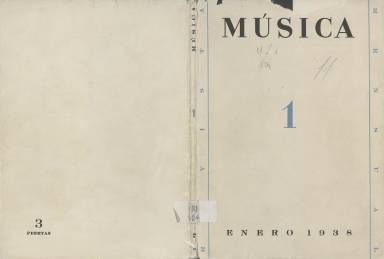
Título: Música (Barcelona. 1938)
Colección: Música
Ámbito geográfico: Barcelona
Lugar de publicación: Barcelona
Fechas: 01/01/1938-30/06/1938

Revista mensual, editada por el Consejo Central de la Música, organismo de la Dirección General de Bellas Artes, dependiente del Ministerio de Instrucción Pública, y publicada en Barcelona, desde enero a junio de 1938. “Supuso un intento de enorme magnitud –¡increíble en 1938!– por mantener en activo la vida musical del país”, representando, al mismo tiempo “un experimento cultural, impregnado, naturalmente, del espíritu revolucionario de aquel entonces”, siendo, en fin, “un ejemplo muy representativo de la vitalidad de la cultura española, incluso en los trágicos años de la guerra”, tal como concluye Francisco Caudet en su trabajo sobre esta revista publicado en 1976.

El citado consejo –cuyo precedente es la Junta Nacional de Música y Teatros Líricos de 1931– había sido creado por orden ministerial del 24 de julio de 1937, y se había trasladado a Barcelona junto al Gobierno republicano, en octubre de ese año. Empezó siendo presidido por quien era el director general de Bellas Artes, Josep Renau (1907-1982), quien publicará en la primera entrega de la revista un editorial bajo el epígrafe Misión del Consejo General de la Música, que constituye un análisis esencial de la situación del arte musical en España. El vicepresidente era Salvador Bacarisse (1898-1963) y vocales, los también compositores españoles Eduardo Martínez Torner (1888-1955), una de las más altas instituciones en el folclore español; Robert Gerhard (1896-1970), el miembro más activo de la sección hispano-catalana; Julián Bautista (1901-1961), Francisco Gil Gallego y Rodolfo Halffter (1900-1987), que comenzó siendo su secretario y aparecerá como director de la publicación en su entrega doble de mayo-junio (número 5). Secretario del consejo será José Castro Escudero y vicesecretario, Manuel Lazaredo de la Mata. Como administrador de la revista se indica a Antonio Miguel. Muchos de ellos formaron parte de la Alianza de Intelectuales Antifascistas para la Defensa de la Cultura y del Grupo de los Ocho, equivalente musical de la Generación del 27.

La colección de este título en la Biblioteca Nacional de España la integran los números 3 (marzo), 4 (abril) y 5 (mayo-junio), siendo este doble y, probablemente, el último. Sus entregas tienen entre setenta y un centenar de páginas, compuestas a una y dos columnas, y con cubierta y sumario. Sus contenidos abordan muy diversos aspectos de la música. Así, Martínez Torner, escribirá sobre su relación con la literatura y la filología; Bautista, sobre la producción sinfónica; Luis Góngora, el titulado la Función social de la música: la Orquesta Nacional de Conciertos, que incluye el fotograbado con el retrato de quien fue su primer director, Bartolomé Pérez Casas; o Castro Escudero, sobre las ediciones del propio consejo.

Además, Otto Mayer escribe sobre la sociología de la música; Manuel Borgunyó sobre la organización de la pedagogía musical escolar; José Subirá, unos apuntes históricos bajo el epígrafe La música en el teatro barcelonés, y un artículo titulado En memoria de Enrique Granados, con dibujos y cartas inéditas del compositor y pianista catalán; Rafael Moragas, un Epistolario inédito de Isaac Albéniz; Jesús A. Ribó, un esbozo bio-bibliográfico sobre el compositor y musicólogo Felipe Pedrell; o Arnaud (desde París), sobre la radio como nuevo modo de expresión. El pintor y pedagogo Francisco Galí Fabra (1880-1965), que será también nombrado director general de Bellas Artes, escribirá en su entrega número 4 un artículo bajo el epígrafe 1850-1939.

Tiene también secciones, como Vida Musical, en la que Thomas Garland, escribe desde Londres; Noticias breves, referidas no solo a la actividad musical en España, sino también en el extranjero: Varsovia, Ámsterdam, Hollywood, Nueva York, México, La Habana, Moscú o París; de Bibliografía, y Resúmenes en francés e inglés. También Música y músicos españoles en el extranjero; Revistas, Necrología o Concursos.

Con cada entrega publica también un Suplemento, con partituras musicales, que representan “primicias”, como es la del joven compositor Gustavo Durán, con letra de Rafael Alberti (Si me fuera, amante mía…), del citado Rodolfo Halffter (Danza de Ávila) o con textos de Federico García Lorca. Otro de los aspectos destacadísimos de esta publicación son las ilustraciones son los dibujos de Ramón Gaya o las viñetas dibujadas por Alma Tapia.

Marco Antonio de la Ossa Martínez (2014) señala que esta revista es una “publicación clave para estudiar y conocer el estado y la importancia de la música culta durante la guerra civil en el bando republicano, y uno de los máximos referentes en la edición española”. Además de las citadas, otras referencias a este título son las de Ramón Safón (1978), Campillo y Centelles (1979), María Ester-Sala (1989), Torres Mulas (1991), Leticia Sánchez de Andrés (2013), y del citado Ossa Martínez (2010 y 2011), entre otras. Rodolfo Halffter publicaría después en México la revista Nuestra música (1946), con reminiscencias sobre esta publicación republicana.